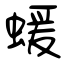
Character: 蝯